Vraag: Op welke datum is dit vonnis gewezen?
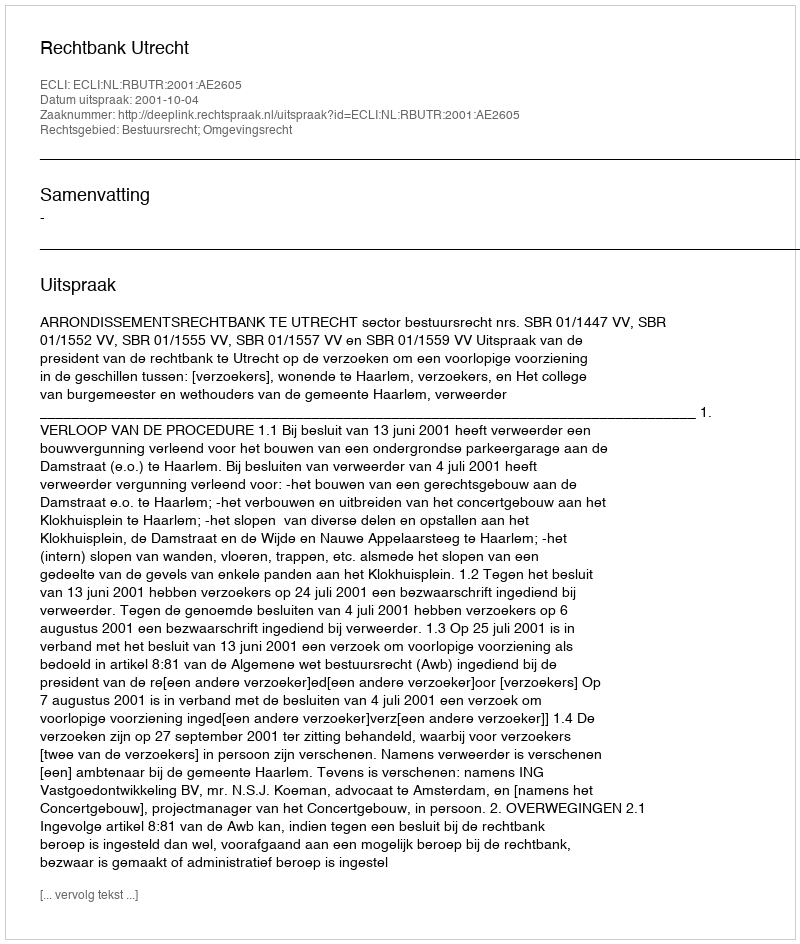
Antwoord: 2001-10-04